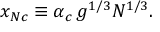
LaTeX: x _ { N c } \equiv \alpha _ { c } \, g ^ { 1 / 3 } N ^ { 1 / 3 } .